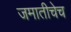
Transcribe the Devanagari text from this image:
जमातीचेच